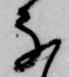
な